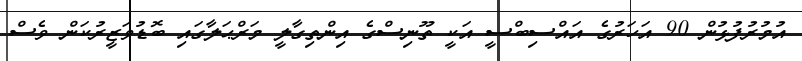
އުމުރުފުޅުން 90 އަހަރުގެ އައްސިބްސީ އަކީ ތޫނިސްގެ އިންތިގާލީ މަރްޙަލާގައި ބޮޑުވަޒީރުކަން ވެސް